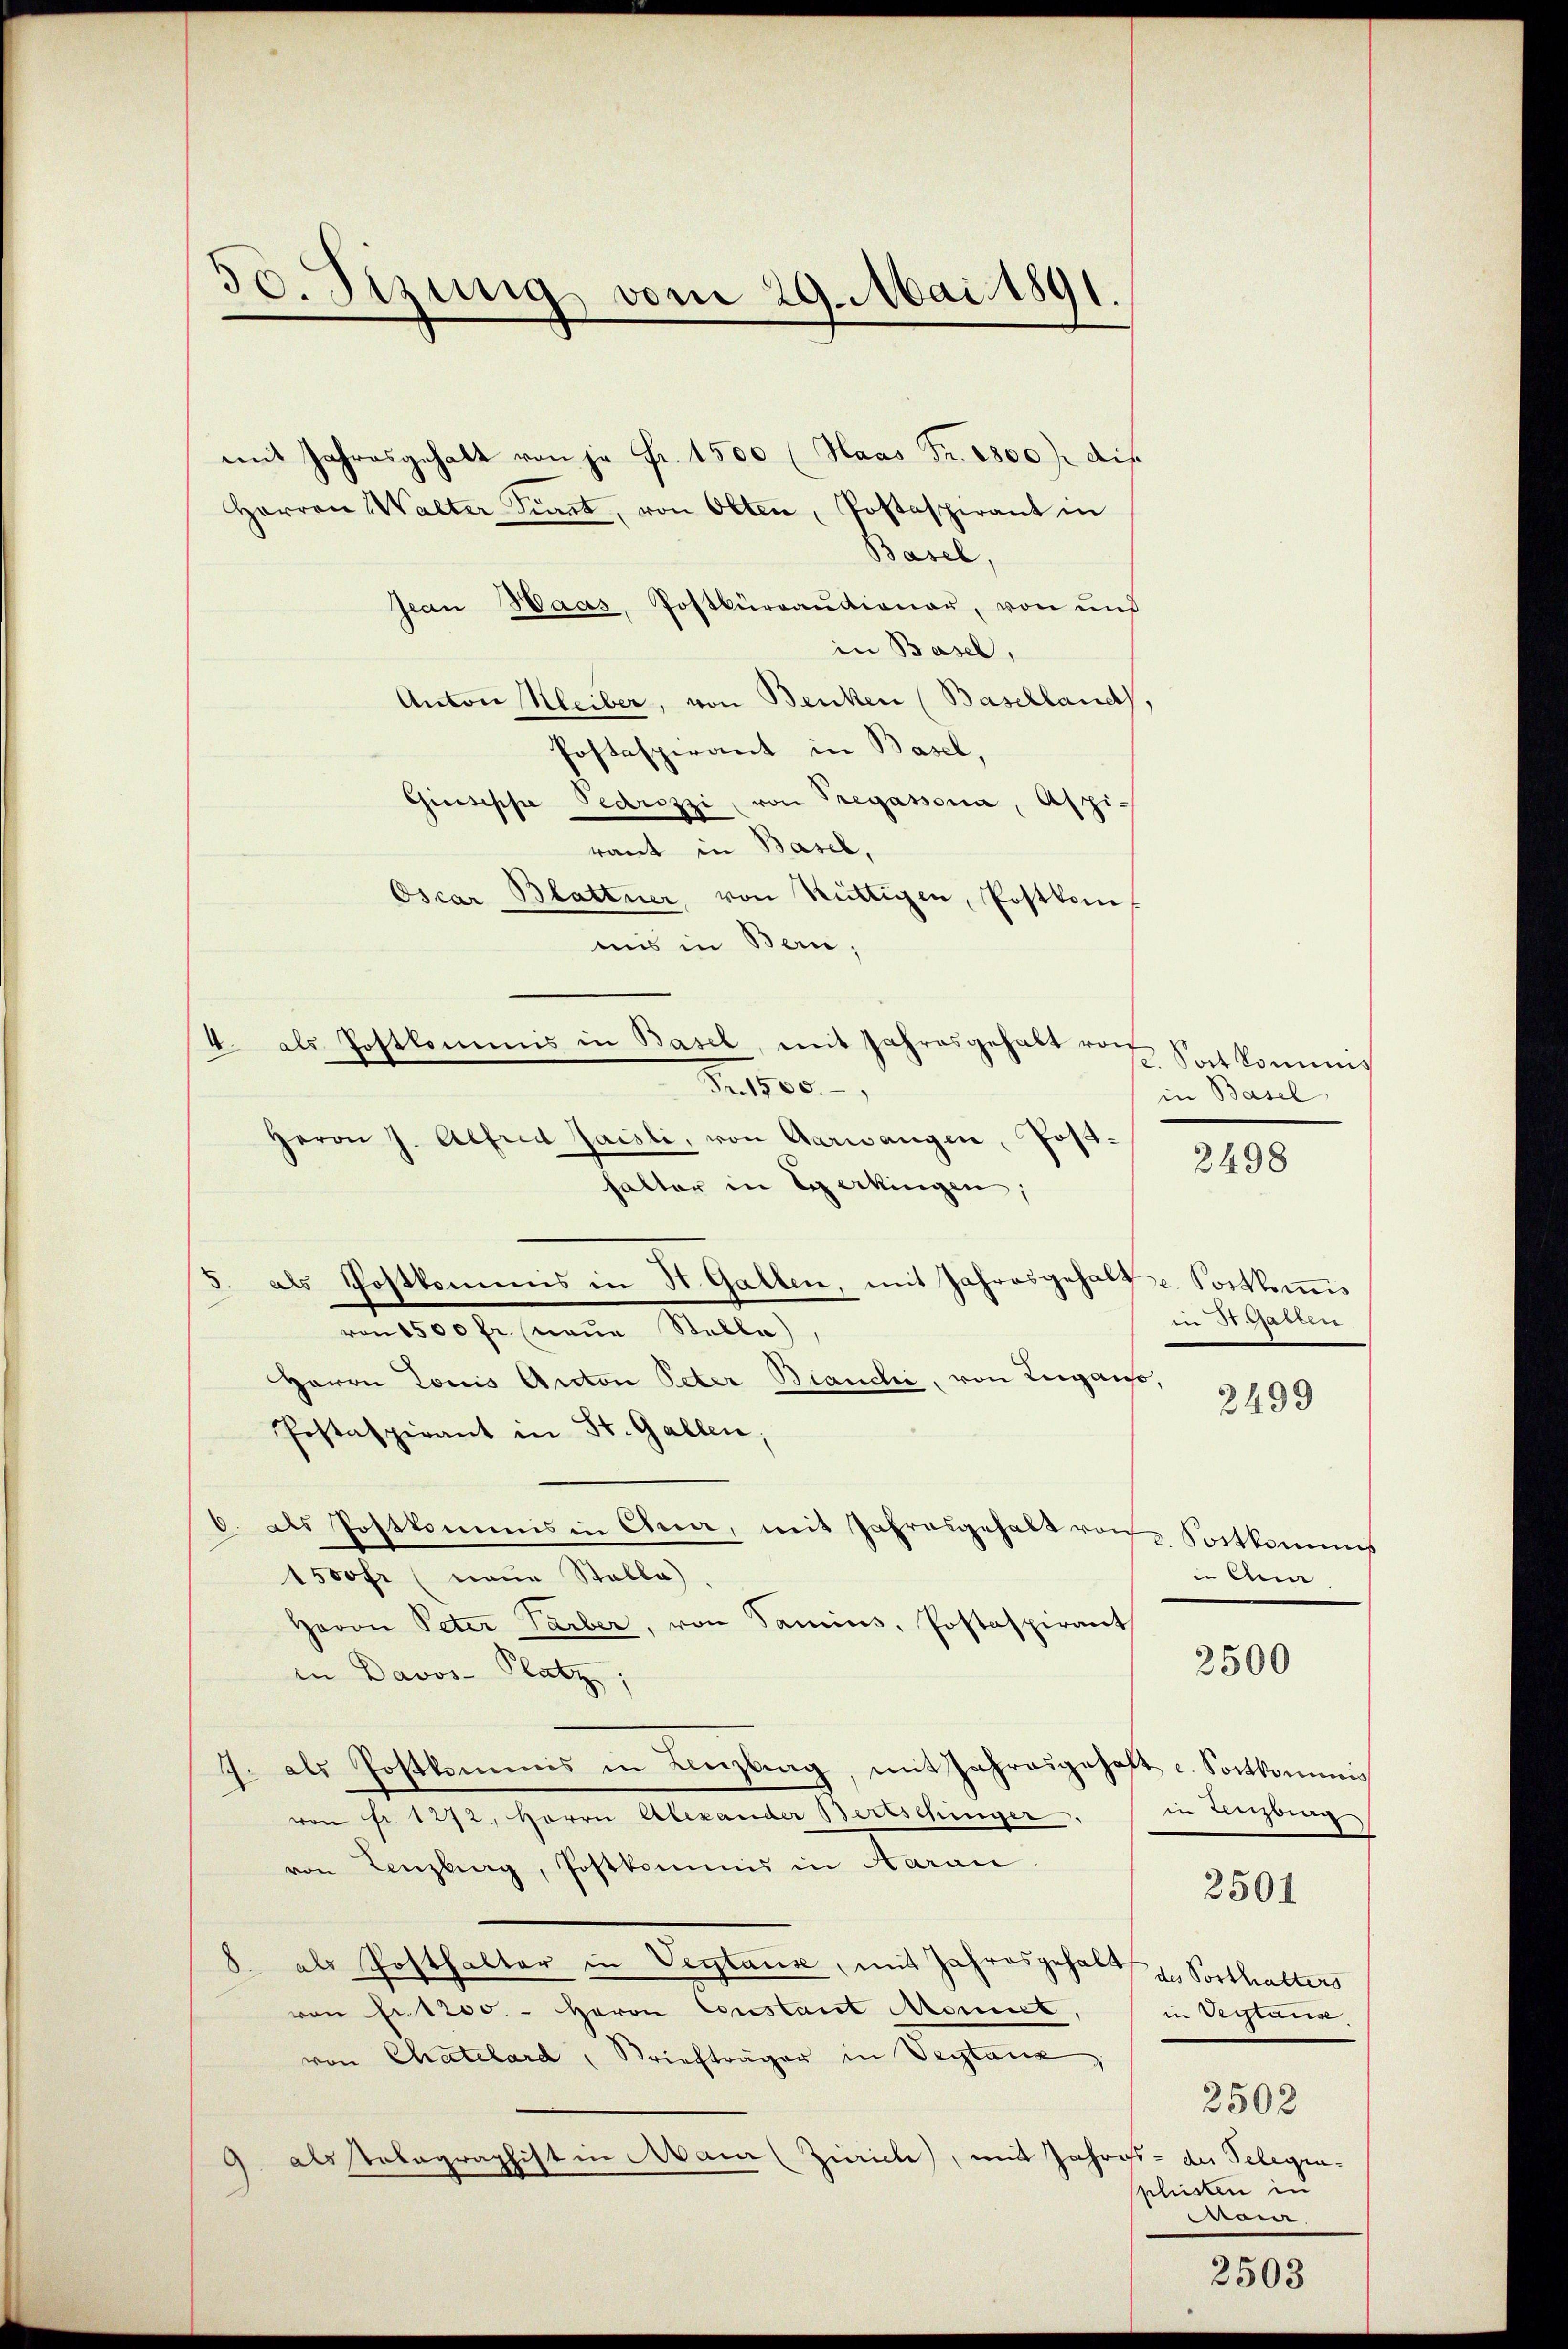
30. Sizung vom 29. Mai 1891.

mit Jahresgehalt von je Fr. 1500 (Haas Fr. 2800. die
Herren Walter Sinnt, von Olten, Postaspirant in
Basel,
Jean Haas, Postkurcautionar, von und
in Basel,
Anton Kleiber, von Benken (Baselland,
Postaspirant in Basel,
Giuseppe Pedrizzi, von Tregassona, Aspi
raut in Basel,
Oscar Blattner von Rüttigen, Postkant
uis in Bern,
5. als Postkommis in St. Gallen, mit Jahresgehalte Postkommis
am 1500 fr eine Stelle,
Herrn Louis Anton Peter Bianchi, von Lugano,
Postaspirant in St. Gallen,
0. als Postkommis in Chur, mit Jahresgehalt von Sortkommis
1500 fr (naue Stelle)
Herrn Peter Parber, von Samins, Postaspirant
in Davos- Platz,
J. als Postkommis in Lenzburg, mit Jahresgehalt c. Sortkommis
von Fr. 1272, Herrn Alexander Bertschinger.
von Lenzburg, Postkommis in Aarau
8. als Posthalter in Vertause, mit Jahresgehalt zu Vorthalters
von Fr. 1200. - Herrn Constant Mennet,
von Chatelard, Briefträger in Vertane
als Tobagraphist in Mann Zürich, mit Jahress- des Telegra¬

4 als Postkommis in Basel, mit Jahresgehabt von
1800.
Herrn J. Alfred Jaisli, von Aarwangen, Post-
halter in Egerkingen,

Sort kommnis
in Basel

2498

in Wassen

2499

in Qua

2500

in Antrag
in Beistung
2502
plisten in
Mai.

2501

2503